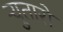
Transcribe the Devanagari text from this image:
र्‍युतारो